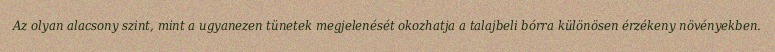
Az olyan alacsony szint, mint a ugyanezen tünetek megjelenését okozhatja a talajbeli bórra különösen érzékeny növényekben.